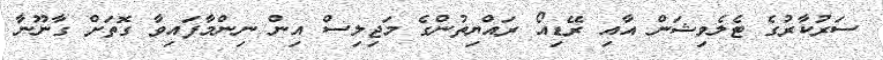
ސަރުކާރުގެ ޓެލެވިޝަން އާއި ރޭޑިއޯ ރައްޔިތުންގެ މަޖިލިސް އިން ނިންމާފައިވާ ގޮތަށް ގާނޫނާ